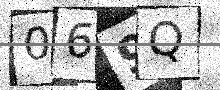
Text: 069Q